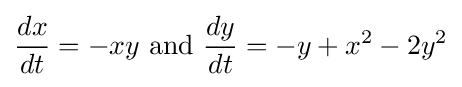
{\frac {dx}{dt}}=-xy{\text{ and }}{\frac {dy}{dt}}=-y+x^{2}-2y^{2}